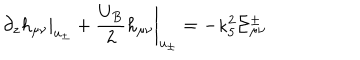
LaTeX: \left. \partial _ { z } h _ { \mu \nu } \right| _ { u _ { \pm } } + \left. \frac { U _ { B } } { 2 } h _ { \mu \nu } \right| _ { u _ { \pm } } = - \kappa _ { 5 } ^ { 2 } \Sigma _ { \mu \nu } ^ { \pm }